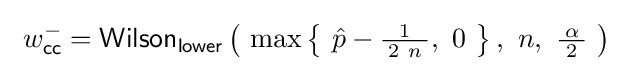
\ w_{\mathsf {cc}}^{-}={\mathsf {Wilson_{lower}}}\left(\ \max \left\{\ {\hat {p}}-{\tfrac {1}{\!\ 2\ n\!\ }},\ 0\ \right\},\ n,\ {\tfrac {\!\ \alpha \!\ }{2}}\ \right)~